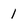
Character: 1